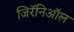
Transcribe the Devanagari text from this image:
जिरॅनिऑल